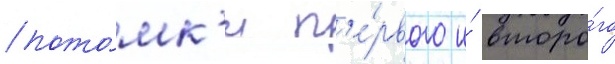
пото́мк'и п'е́рвого и́ второ́го